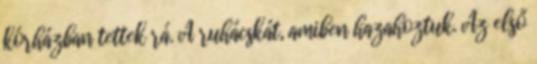
kórházban tettek rá. A ruhácskát, amiben hazahoztuk. Az első